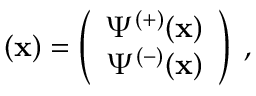
{ \bf \Psi } ( { \bf x } ) = \left( \begin{array} { c } { { \Psi ^ { ( + ) } ( { \bf x } ) } } \\ { { \Psi ^ { ( - ) } ( { \bf x } ) } } \end{array} \right) \; ,